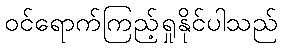
ဝင်ရောက်ကြည့်ရှုနိုင်ပါသည်